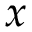
x